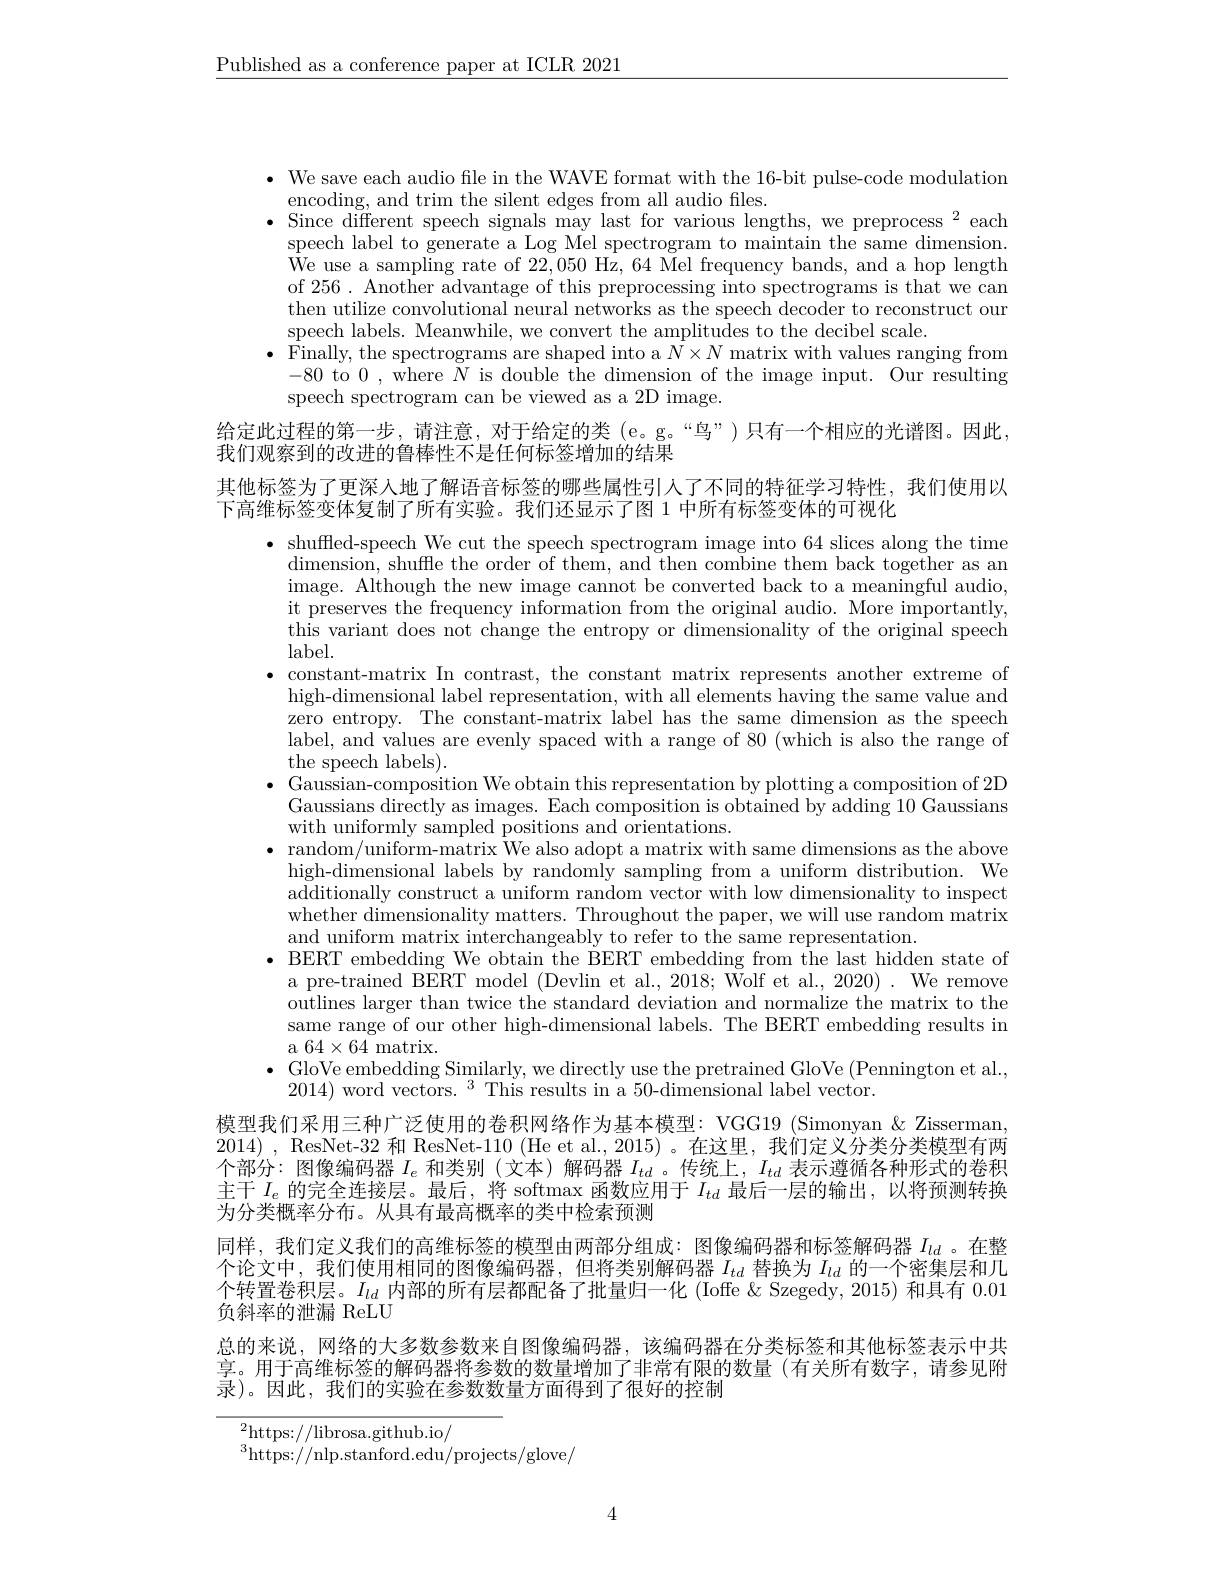
$\underline{\text{Published as a conference paper at ICLR 2021}}$

· We save each audio file in the WAVE format with the 16-bit pulse-code modulation
encoding, and trim the silent edges from all audio fles.
$\bullet$Since different speech signals may last for various lengths, we preprocess $^2$each
speech label to generate a Log Mel spectrogram to maintain the same dimension. We use a sampling rate of 22,050 Hz, 64 Mel frequency bands, and a hop length of 256. Another advantage of this preprocessing into spectrograms is that we can then utilize convolutional neural networks as the speech decoder to reconstruct our speech labels. Meanwhile, we convert the amplitudes to the decibel scale.
$\bullet$ Finally, the spectrograms are shaped into a $N\times N$ matrix with values ranging from
-80 to 0,where $N$ is double the dimension of the image input. Our resulting
speech spectrogram can be viewed as a 2D image.

给定此过程的第一步，请注意，对于给定的类(e。g。“鸟”)只有一个相应的光谱图。因此，

我们观察到的改进的鲁棒性不是任何标签增加的结果

其他标签为了更深人地了解语音标签的哪些属性引入了不同的特征学习特性，我们使用以

下高维标签变体复制了所有实验。我们还显示了图 1 中所有标签变体的可视化
$\bullet$ shuffled-speech We cut the speech spectrogram image into 64 slices along the time
$dimension$, shuffle the order of them, and then combine them back together as an image. Although the new image cannot be converted back to a meaningful audio, it preserves the frequency information from the original audio. More importantly, this variant does not change the entropy or dimensionality of the original speech label.
constant-matrix In contrast, the constant matrix represents another extreme of high-dimensional label representation, with all elements having the same value and zero entropy. The constant-matrix label has the same dimension as the speech label, and values are evenly spaced with a range of 80 (which is also the range of the speech labels).
$\bullet$ Gaussian- composition We obtain this representation by plotting a composition of 2D
Gaussians directly as images. Each composition is obtained by adding 10 Gaussians
with uniformly sampled positions and ${\mathrm{orientations}}.$
$\bullet$ random/uniform-matrix We also adopt a matrix with same dimensions as the above
high-dimensional labels by randomly sampling from a uniform distribution. We additionally construct a uniform random vector with low dimensionality to inspect whether dimensionality matters. Throughout the paper, we will use random matrix and uniform matrix interchangeably to refer to the same representation.
· BERT embedding We obtain the BERT embedding from the last hidden state of
a pre-trained BERT model (Devlin et al., 2018; Wolf et al., 2020) . We remove $\bar{\text{outlines larger than twice the standard deviation and normalize the matrix to the}}$ same range of our other high-dimensional labels. The BERT embedding results in a 64$\times64$ matrix.
$\bullet$ GloVe embedding Similarly, we directly use the pretrained GloVe (Pennington et al.,
$2014)\text{ word vectors.}^{3}$ This results in a 50-dimensional label vector.
模型我们采用三种广泛使用的卷积网络作为基本模型：VGG19 (Simonyan & Zisserman, 2014) , ResNet- 32 和 ResNet-110 (He et al.,2015)。在这里，我们定义分类分类模型有两个部分：图像编码器$I_e$和类别 (文本)解码器$I_{td}$。传统上，$I_{td}$表示遵循各种形式的卷积主干$I_e$的完全连接层。最后，将 softmax 函数应用于$I_td$最后一层的输出，以将预测转换为分类概率分布。从具有最高概率的类中检索预测
同样，我们定义我们的高维标签的模型由两部分组成：图像编码器和标签解码器$I_{ld}$ 。在整个论文中，我们使用相同的图像编码器，但将类别解码器$I_{td}$替换为$I_{ld}$的一个密集层和几个转置卷积层。$I_ld$内部的所有层都配备了批量归一化 (Ioffe & Szegedy, 2015) 和具有0.01负斜率的泄漏 ReLU
总的来说，网络的大多数参数来自图像编码器，该编码器在分类标签和其他标签表示中共享。用于高维标签的解码器将参数的数量增加了非常有限的数量(有关所有数字，请参见附录)。因此，我们的实验在参数数量方面得到了很好的控制

${}^{2}$https://librosa.github.io/
$^{3}$https://nlp.stanford.edu/projects/glove/

4